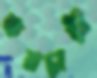
কমচারী